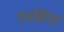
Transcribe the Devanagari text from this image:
एनसिना